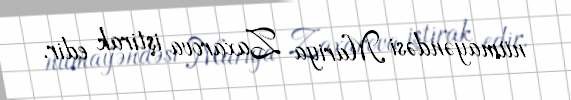
nümayəndəsi Mariya Zaxarova iştirak edir.